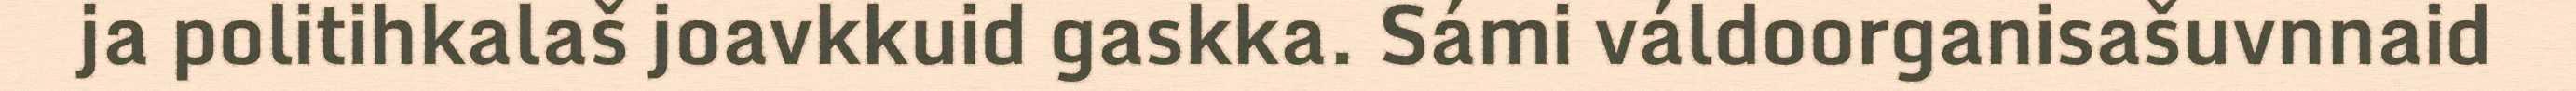
ja politihkalaš joavkkuid gaskka. Sámi váldoorganisašuvnnaid